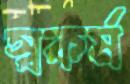
স্বকর্ম